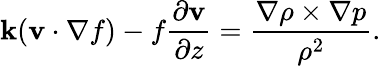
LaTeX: {\mathbf k}({\mathbf v}\cdot\nabla f)-f\frac{\partial{\mathbf v}}{\partial z}=\frac{\nabla\rho\times\nabla p}{\rho^{2}}.